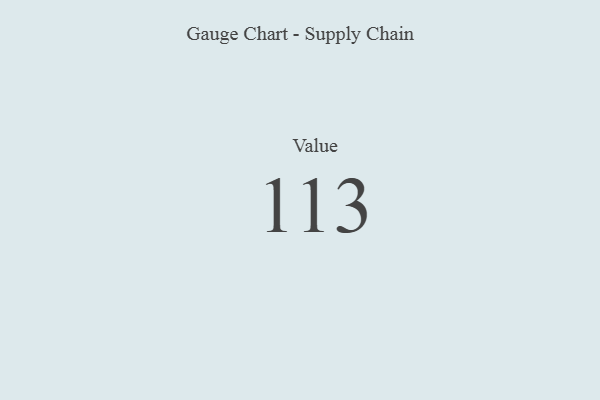
{"axis": {"x": "Metric", "y": "Value"}, "legend": [""], "data": [{"x": "Value", "y": 113, "type": ""}]}